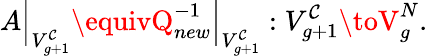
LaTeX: A\Bigr|_{V_{g+1}^{\mathcal{C}}}\equivQ_{new}^{-1}\Bigr|_{V_{g+1}^{\mathcal{C}}}:V_{g+1}^{\mathcal{C}}\toV_{g}^{N}.